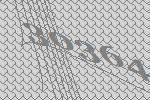
30364